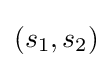
{\textstyle (s_{1},s_{2})}